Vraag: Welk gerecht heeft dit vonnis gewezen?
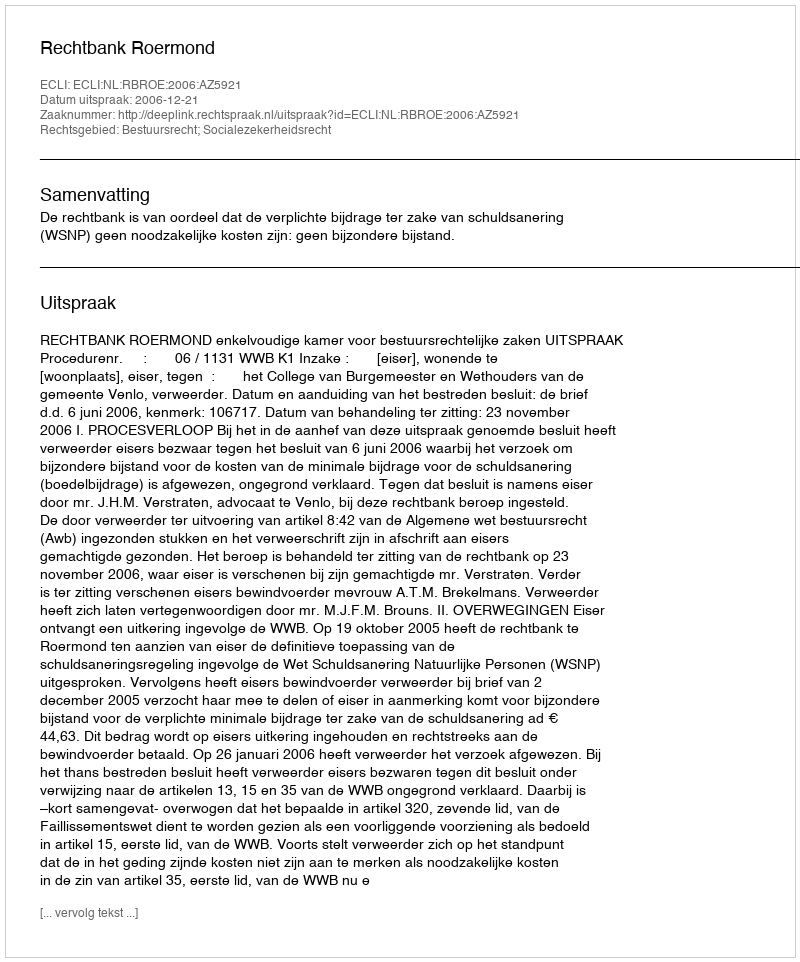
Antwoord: Rechtbank Roermond